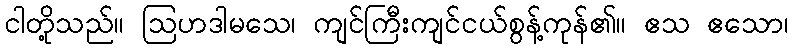
ငါတို့သည်။ ဩဟဒါမသေ၊ ကျင်ကြီးကျင်ငယ်စွန့်ကုန်၏။ ဧသ ဧသော၊